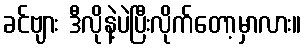
ခင်ဗျား ဒီလိုနဲ့ပဲပြီးလိုက်တော့မှာလား။